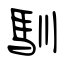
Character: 馴